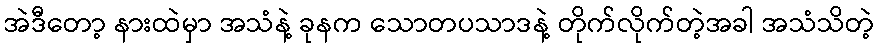
အဲဒီတော့ နားထဲမှာ အသံနဲ့ ခုနက သောတပသာဒနဲ့ တိုက်လိုက်တဲ့အခါ အသံသိတဲ့